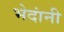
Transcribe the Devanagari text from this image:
भेदांनी